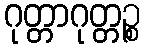
ဂုတ္တာဂုတ္တဉ္စ